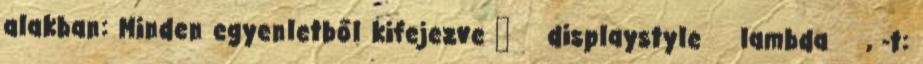
alakban: Minden egyenletből kifejezve λ displaystyle lambda , -t: